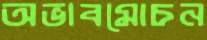
অভাবমোচন